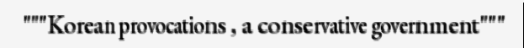
"""Korean provocations , a conservative government"""